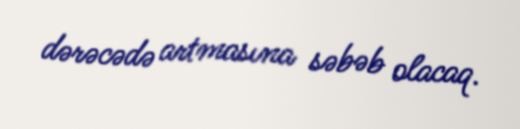
dərəcədə artmasına səbəb olacaq.